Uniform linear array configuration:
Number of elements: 12
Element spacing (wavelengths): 0.75
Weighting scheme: binomial
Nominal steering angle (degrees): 30
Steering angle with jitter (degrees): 29.301
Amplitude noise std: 0.05
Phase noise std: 0.05

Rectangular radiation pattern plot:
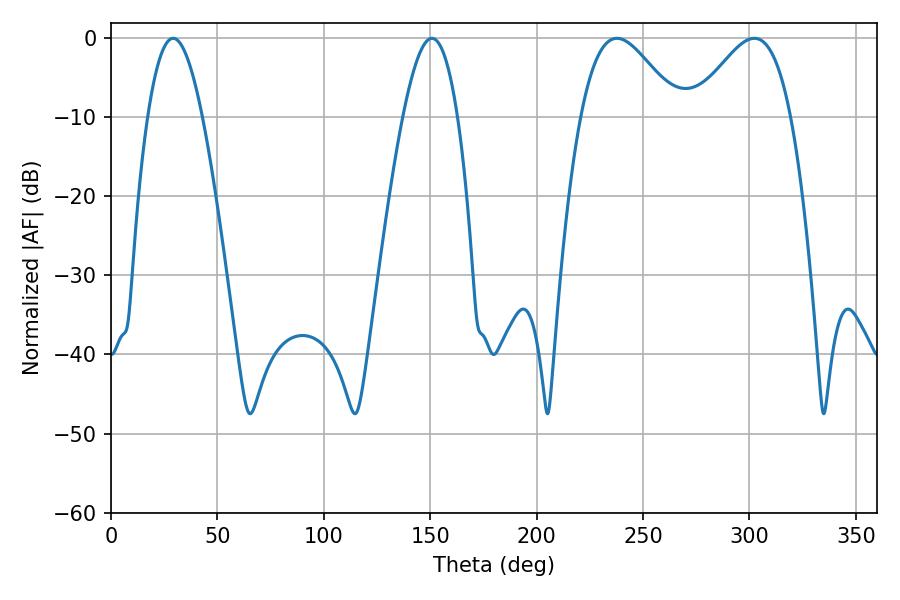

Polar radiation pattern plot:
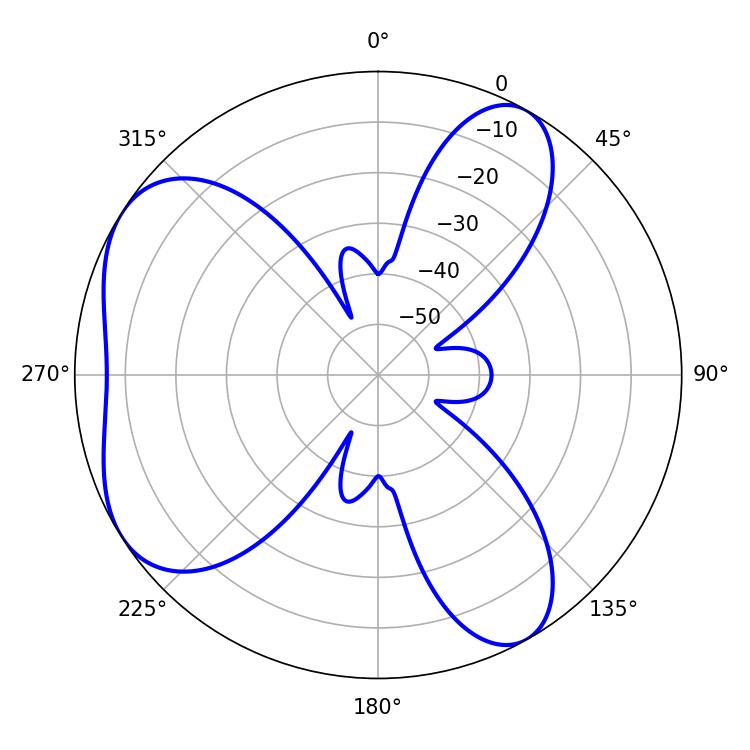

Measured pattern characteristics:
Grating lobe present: TRUE
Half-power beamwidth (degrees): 24.48
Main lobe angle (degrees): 237.78